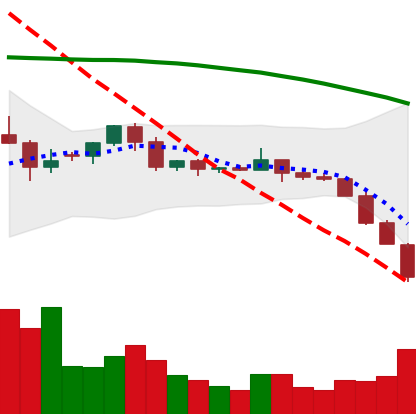
Ticker: ETC-USD
Chart end date: 2022-06-13
Forward return: -4.796%
Label: down_3_5